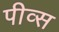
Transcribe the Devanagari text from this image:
पीव्स